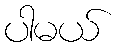
ပါမယ်